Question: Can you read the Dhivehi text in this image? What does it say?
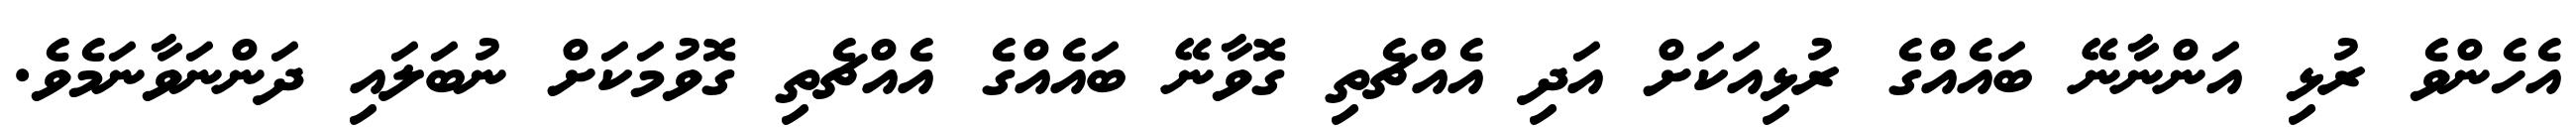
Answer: އެހެންވެ ރުޅި އަންނާނޭ ބައެއްގެ ރުޅިއަކަށް އަދި އެއްޗެތި ގޮވާނޭ ބައެއްގެ އެއްޗެތި ގޮވުމަކަށް ނުބަލައި ދަންނަވާނަމެވެ.